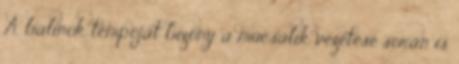
A balinok tempóját bizony a műcsalik vezetése során is